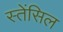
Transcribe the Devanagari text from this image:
स्तेंसिल